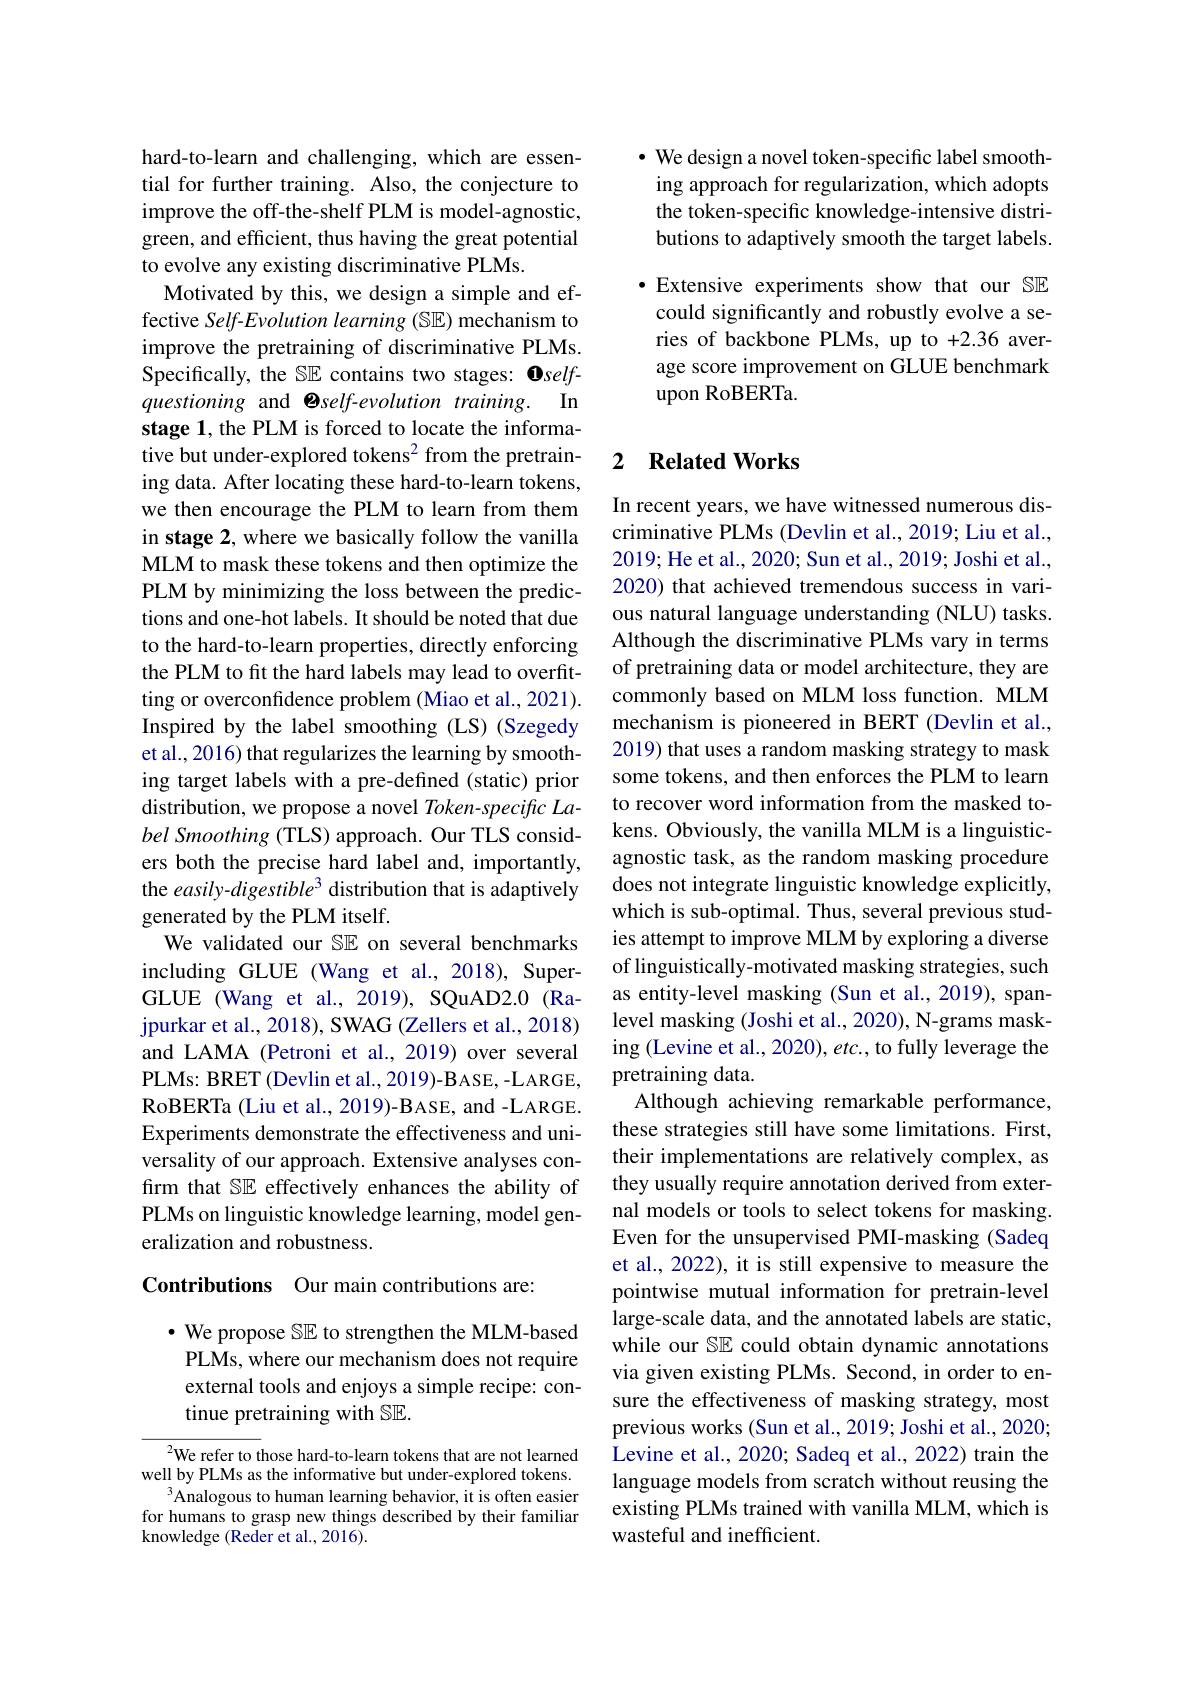
hard-to-learn and challenging, which are essential for further training. Also, the conjecture to improve the off-the-shelf PLM is model-agnostic, green, and efficient, thus having the great potential to evolve any existing discriminative PLMs.
Motivated by this, we design a simple and effective Self-Evolution learning (SE) mechanism to improve the pretraining of discriminative PLMs. Specifically, the SE contains two stages: $\mathbf{0}self-$ questioning and Oself-evolution training. In stage 1, the PLM is forced to locate the informative but under-explored tokens$^{2}$ from the pretraining data. After locating these hard-to-learn tokens, we then encourage the PLM to learn from them in stage 2, where we basically follow the vanilla MLM to mask these tokens and then optimize the PLM by minimizing the loss between the predictions and one-hot labels. It should be noted that due to the hard-to-learn properties, directly enforcing the PLM to fit the hard labels may lead to overfitting or overconfidence problem (Miao et al., 2021). Inspired by the label smoothing (LS) (Szegedy et al., 2016) that regularizes the learning by smoothing target labels with a pre-defined (static) prior distribution, we propose a novel Token-specific Label Smoothing (TLS) approach. Our TLS considers both the precise hard label and, importantly, the easily-digestible3 distribution that is adaptively generated by the PLM itself.
We validated our SE on several benchmarks including GLUE (Wang et al., 2018), SuperGLUE (Wang et al., 2019), SQuAD2.0 (Rajpurkar et al., 2018), SWAG (Zellers et al., 2018) and LAMA (Petroni et al., 2019) over several PLMs: BRET (Devlin et al., 2019)-BASE, -LARGE, RoBERTa (Liu et al., 2019)-BASE, and -LARGE. Experiments demonstrate the effectiveness and universality of our approach. Extensive analyses confirm that SE effectively enhances the ability of PLMs on linguistic knowledge learning, model generalization and robustness.

Contributions Our main contributions are:

$\cdot$ We propose SE to strengthen the MLM-based PLMs, where our mechanism does not require external tools and enjoys a simple recipe: continue pretraining with SE.

$^{2}$We refer to those hard-to-learn tokens that are not learned well by PLMs as the informative but under-explored tokens.
Analogous to human learning behavior, it is often easier for humans to grasp new things described by their familiar knowledge (Reder et al., 2016).

$\cdot$ We design a novel token-specific label smoothing approach for regularization, which adopts the token-specific knowledge-intensive distributions to adaptively smooth the target labels. $\bullet$ Extensive experiments show that our SE could significantly and robustly evolve a series of backbone PLMs, up to +2.36 average score improvement on GLUE benchmark upon RoBERTa.

### 2 $\textbf{Related Works}$

In recent years, we have witnessed numerous discriminative PLMs (Devlin et al., 2019; Liu et al., 2019; He et al., 2020; Sun et al., 2019; Joshi et al., 2020) that achieved tremendous success in various natural language understanding (NLU) tasks. Although the discriminative PLMs vary in terms of pretraining data or model architecture, they are commonly based on MLM loss function. MLM mechanism is pioneered in BERT (Devlin et al., 2019) that uses a random masking strategy to mask some tokens, and then enforces the PLM to learn to recover word information from the masked tokens. Obviously, the vanilla MLM is a linguisticagnostic task, as the random masking procedure does not integrate linguistic knowledge explicitly, which is sub-optimal. Thus, several previous studies attempt to improve MLM by exploring a diverse of linguistically-motivated masking strategies, such as entity-level masking (Sun et al., 2019), spanlevel masking (Joshi et al., 2020), N-grams masking (Levine et al., 2020), etc., to fully leverage the pretraining data.
Although achieving remarkable performance, these strategies still have some limitations. First, their implementations are relatively complex, as they usually require annotation derived from external models or tools to select tokens for masking. Even for the unsupervised PMI-masking (Sadeq et al., 2022), it is still expensive to measure the pointwise mutual information for pretrain-level large-scale data, and the annotated labels are static, while our SE could obtain dynamic annotations via given existing PLMs. Second, in order to ensure the effectiveness of masking strategy, most previous works (Sun et al., 2019; Joshi et al., 2020; Levine et al., 2020; Sadeq et al., 2022) train the language models from scratch without reusing the existing PLMs trained with vanilla MLM, which is wasteful and inefficient.